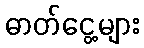
ဓာတ်ငွေ့များ